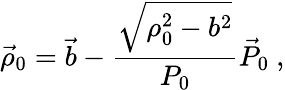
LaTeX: \vec{\rho}_{0}=\vec{b}-\frac{\sqrt{\rho_{0}^{2}-b^{2}}}{P_{0}}\vec{P}_{0}~,